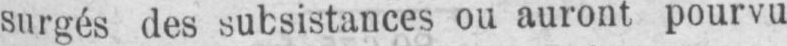
surgés des subsistances ou auront pourvu